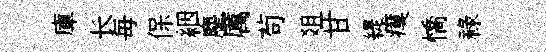
庫长毎保絪麈厲茍爼甘緹瘼憍禄